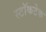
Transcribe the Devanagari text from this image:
स्टॉकटेक